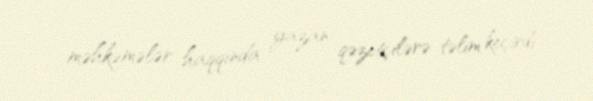
məhkəmələr haqqında yazan qəzetçilərə təlim keçirdi.